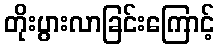
တိုးပွားလာခြင်းကြောင့်